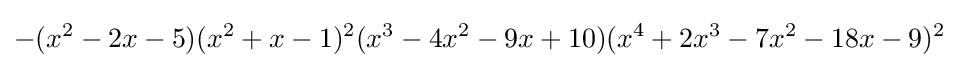
-(x^{2}-2x-5)(x^{2}+x-1)^{2}(x^{3}-4x^{2}-9x+10)(x^{4}+2x^{3}-7x^{2}-18x-9)^{2}